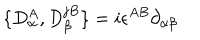
\{ D _ { \alpha } ^ { A } , D _ { \beta } ^ { j B } \} = i \epsilon ^ { A B } \partial _ { \alpha \beta }